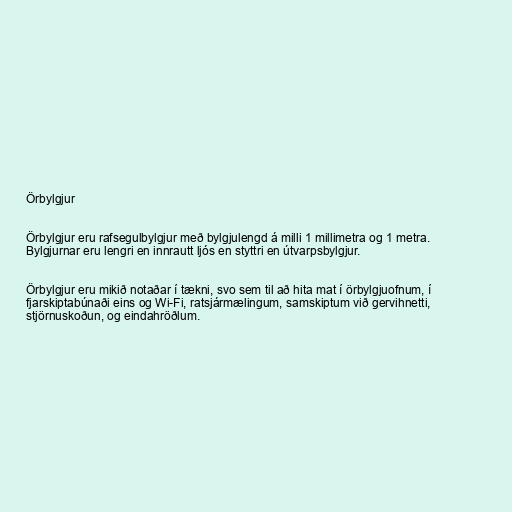
Örbylgjur

Örbylgjur eru rafsegulbylgjur með bylgjulengd á milli 1 millimetra og 1 metra.
Bylgjurnar eru lengri en innrautt ljós en styttri en útvarpsbylgjur.

Örbylgjur eru mikið notaðar í tækni, svo sem til að hita mat í örbylgjuofnum, í
fjarskiptabúnaði eins og Wi-Fi, ratsjármælingum, samskiptum við gervihnetti,
stjörnuskoðun, og eindahröðlum.